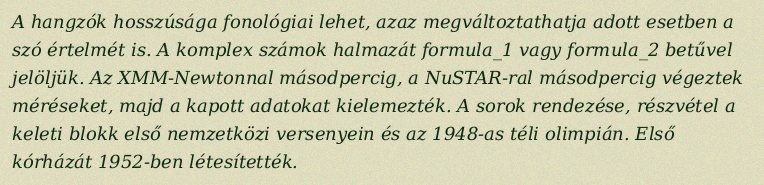
A hangzók hosszúsága fonológiai lehet, azaz megváltoztathatja adott esetben a szó értelmét is. A komplex számok halmazát formula_1 vagy formula_2 betűvel jelöljük. Az XMM-Newtonnal másodpercig, a NuSTAR-ral másodpercig végeztek méréseket, majd a kapott adatokat kielemezték. A sorok rendezése, részvétel a keleti blokk első nemzetközi versenyein és az 1948-as téli olimpián. Első kórházát 1952-ben létesítették.